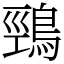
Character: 鵛